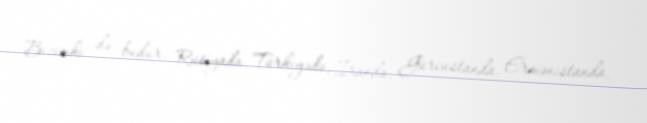
Bizimki də budur, Rusiyada, Türkiyədə, İranda, Gürcüstanda, Ermənistanda,